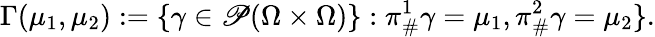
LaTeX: \Gamma(\mu_{1},\mu_{2}):=\{ {\gamma}\in\mathscr{P}(\Omega\times\Omega)\} :\pi_{\# }^{1}{\gamma}=\mu_{1},\pi_{\# }^{2}{\gamma}=\mu_{2}\} .